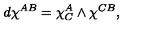
d \chi ^ { A B } = \chi _ { C } ^ { A } \wedge \chi ^ { C B } ,